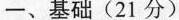
一、基础 (21分)